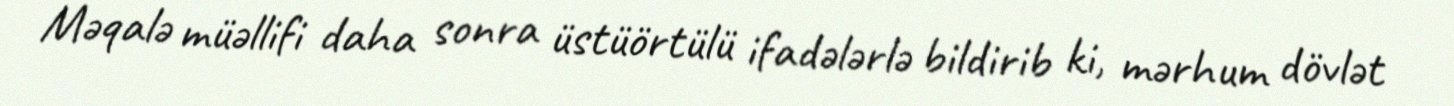
Məqalə müəllifi daha sonra üstüörtülü ifadələrlə bildirib ki, mərhum dövlət